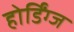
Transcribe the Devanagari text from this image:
होर्डिंग्ज